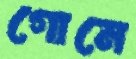
গোনে